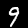
Digit: 9